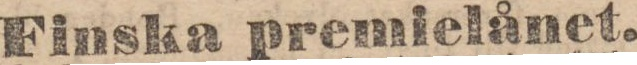
Finska premielånet.